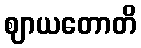
ဈာယတောတိ